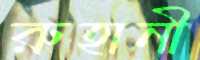
রুহানী